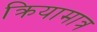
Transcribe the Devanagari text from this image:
क्रियामात्र